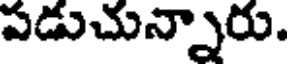
పడుచున్నారు.